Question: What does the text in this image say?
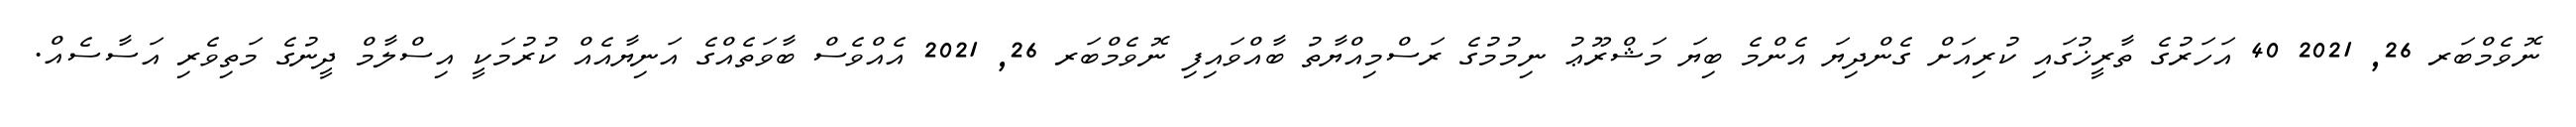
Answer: ނޮވެމްބަރ 26, 2021 40 އަހަރުގެ ތާރީޚުގައި ކުރިއަށް ގެންދިޔަ އެންމެ ބިޔަ މަޝްރޫޢު ނިމުމުގެ ރަސްމިއްޔާތު ބާއްވައިފި ނޮވެމްބަރ 26, 2021 އެއްވެސް ބާވަތެއްގެ އަނިޔާއެއް ކުރުމަކީ އިސްލާމް ދީނުގެ މަތިވެރި އަސާސެއް.